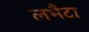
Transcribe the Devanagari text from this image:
लभैटा